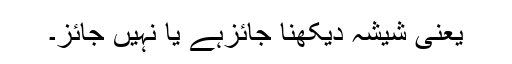
یعنی شیشہ دیکھنا جائزہے یا نہیں جائز۔